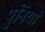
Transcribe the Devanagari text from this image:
पुनियां